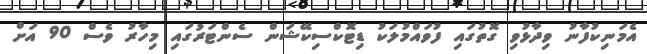
އެމަނިކުފާނު ވިދާޅުވި ގޮތުގައި ފުވައްމުލަކު ޑިޓޮކްސިކޭޝަން ސެންޓަރުގައި މިހާރު ވެސް 90 އަށް